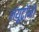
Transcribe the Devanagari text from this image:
नयूट्रॉनों